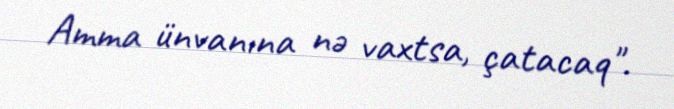
Amma ünvanına nə vaxtsa, çatacaq".